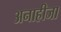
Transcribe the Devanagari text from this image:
अनाहीजा